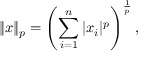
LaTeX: \| x \| _ { p } = \left( \sum _ { i = 1 } ^ { n } | x _ { i } | ^ { p } \right) ^ { \frac { 1 } { p } } ,